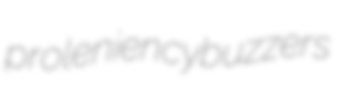
proleniency buzzers